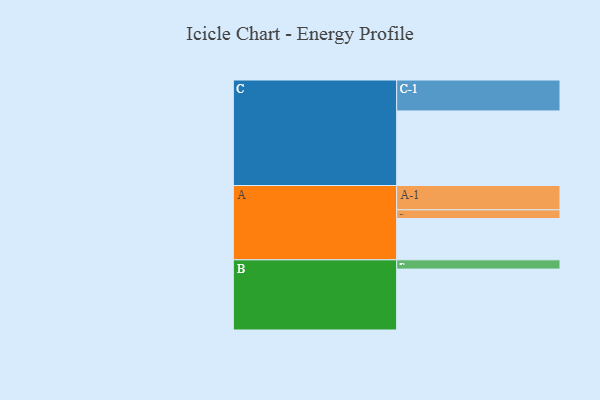
{"axis": {"x": "Segment", "y": "Value"}, "legend": ["", "A", "B", "C"], "data": [{"x": "A", "y": 330, "type": ""}, {"x": "B", "y": 486, "type": ""}, {"x": "C", "y": 595, "type": ""}, {"x": "A-1", "y": 194, "type": "A"}, {"x": "A-2", "y": 69, "type": "A"}, {"x": "B-1", "y": 74, "type": "B"}, {"x": "C-1", "y": 247, "type": "C"}]}